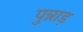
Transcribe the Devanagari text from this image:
पुन्नाड़